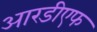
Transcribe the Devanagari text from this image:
आरडीएफ